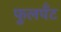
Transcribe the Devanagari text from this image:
फुलपँट